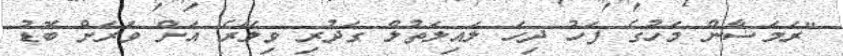
"ރަމަޟާން މަހުގެ ފަހު ދިހަ ލައިލަތުލް ގަދުރި ވިލޭރެ އަށް ވަރަށް ބޮޑު